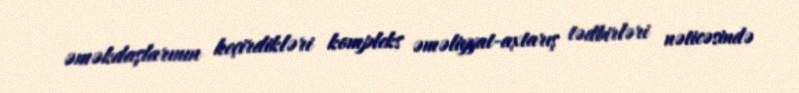
əməkdaşlarının keçirdikləri kompleks əməliyyat-axtarış tədbirləri nəticəsində